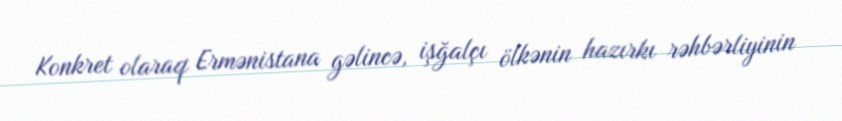
Konkret olaraq Ermənistana gəlincə, işğalçı ölkənin hazırkı rəhbərliyinin